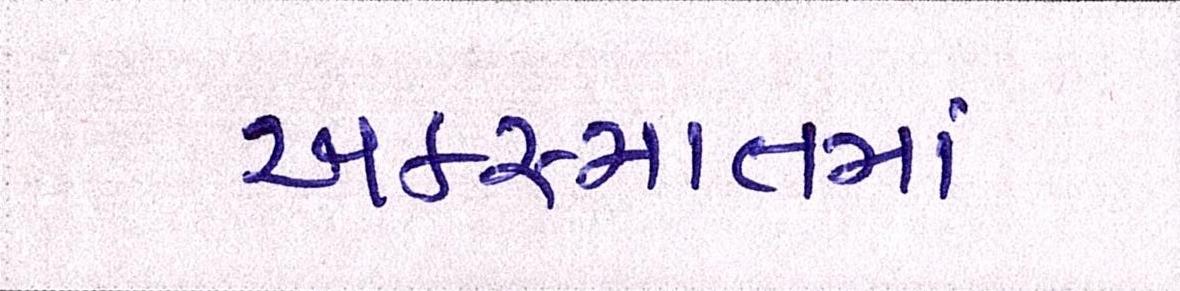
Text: અકસ્માતમાં